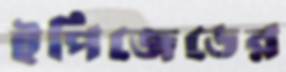
ইপিজেডের